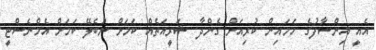
އެއީ އިންސާފުގެ ހަމައިން ކުރިއަށް ގެންދާ ޝަރީއަތެއް ކަމަށް ނުބެލޭ ކަމަށް އެމްނެސްޓީ